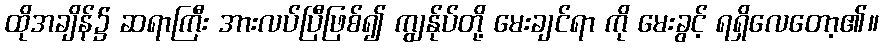
ထိုအချိန်၌ ဆရာကြီး အားလပ်ပြီဖြစ်၍ ကျွန်ုပ်တို့ မေးချင်ရာ ကို မေးခွင့် ရရှိလေတော့၏။